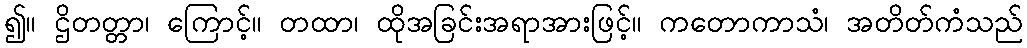
၍။ ဌိတတ္တာ၊ ကြောင့်။ တထာ၊ ထိုအခြင်းအရာအားဖြင့်။ ကတောကာသံ၊ အတိတ်ကံသည်